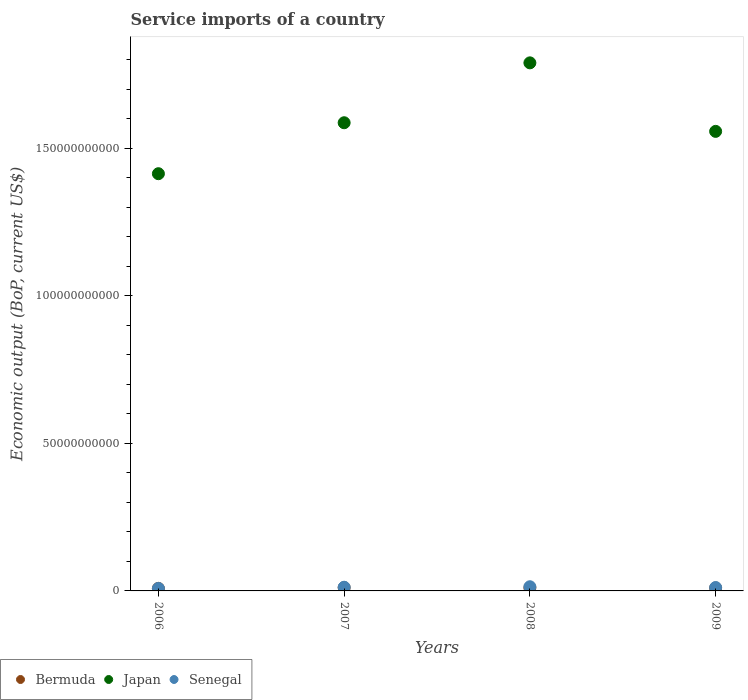
| Years | Bermuda | Japan | Senegal |
 | --- | --- | --- | --- |
 | 2006 | 8.62e+08 | 1.41e+11 | 8.43e+08 |
 | 2007 | 1.12e+09 | 1.59e+11 | 1.25e+09 |
 | 2008 | 1.04e+09 | 1.79e+11 | 1.42e+09 |
 | 2009 | 9.84e+08 | 1.56e+11 | 1.15e+09 |